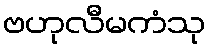
ဗဟုလီမကံသု